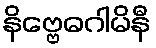
နိဗ္ဗေဓဂါမိနီ